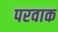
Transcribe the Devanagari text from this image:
परवाक